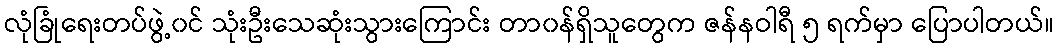
လုံခြုံရေးတပ်ဖွဲ့၀င် သုံးဦးသေဆုံးသွားကြောင်း တာ၀န်ရှိသူတွေက ဇန်နဝါရီ ၅ ရက်မှာ ပြောပါတယ်။